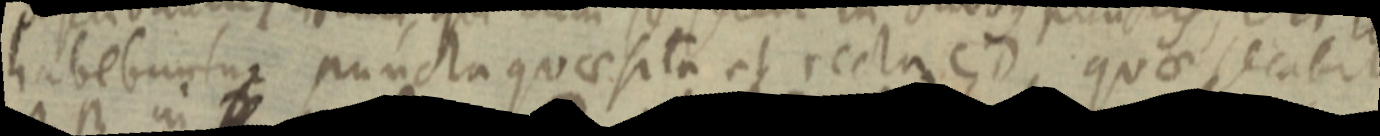
habebuntur puncta quaesita et recta CD quae secabit